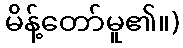
မိန့်တော်မူ၏။)